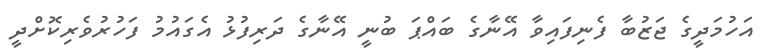
އަހުމަދީގެ ޖަޒުބާ ފެނިފައިވާ އޭނާގެ ބައްޕަ ބުނީ އޭނާގެ ދަރިފުޅު އެގައުމު ފަހުރުވެރިކޮށްދީ